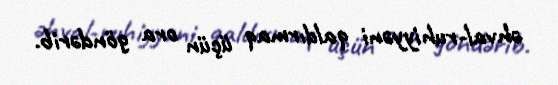
əhval-ruhiyyəni qaldırmaq üçün ora göndərib.